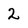
Character: 2